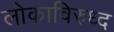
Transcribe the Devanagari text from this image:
लोकाविरुध्द